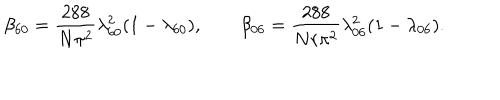
\beta _ { 6 0 } = { \frac { 2 8 8 } { N \pi ^ { 2 } } } \lambda _ { 6 0 } ^ { 2 } ( 1 - \lambda _ { 6 0 } ) , \qquad \beta _ { 0 6 } = { \frac { 2 8 8 } { N r \pi ^ { 2 } } } \lambda _ { 0 6 } ^ { 2 } ( 1 - \lambda _ { 0 6 } ) .